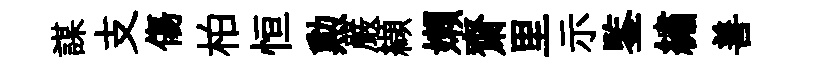
謀支傷柏恒勲嚴纈嬾齋里示鍳繡善